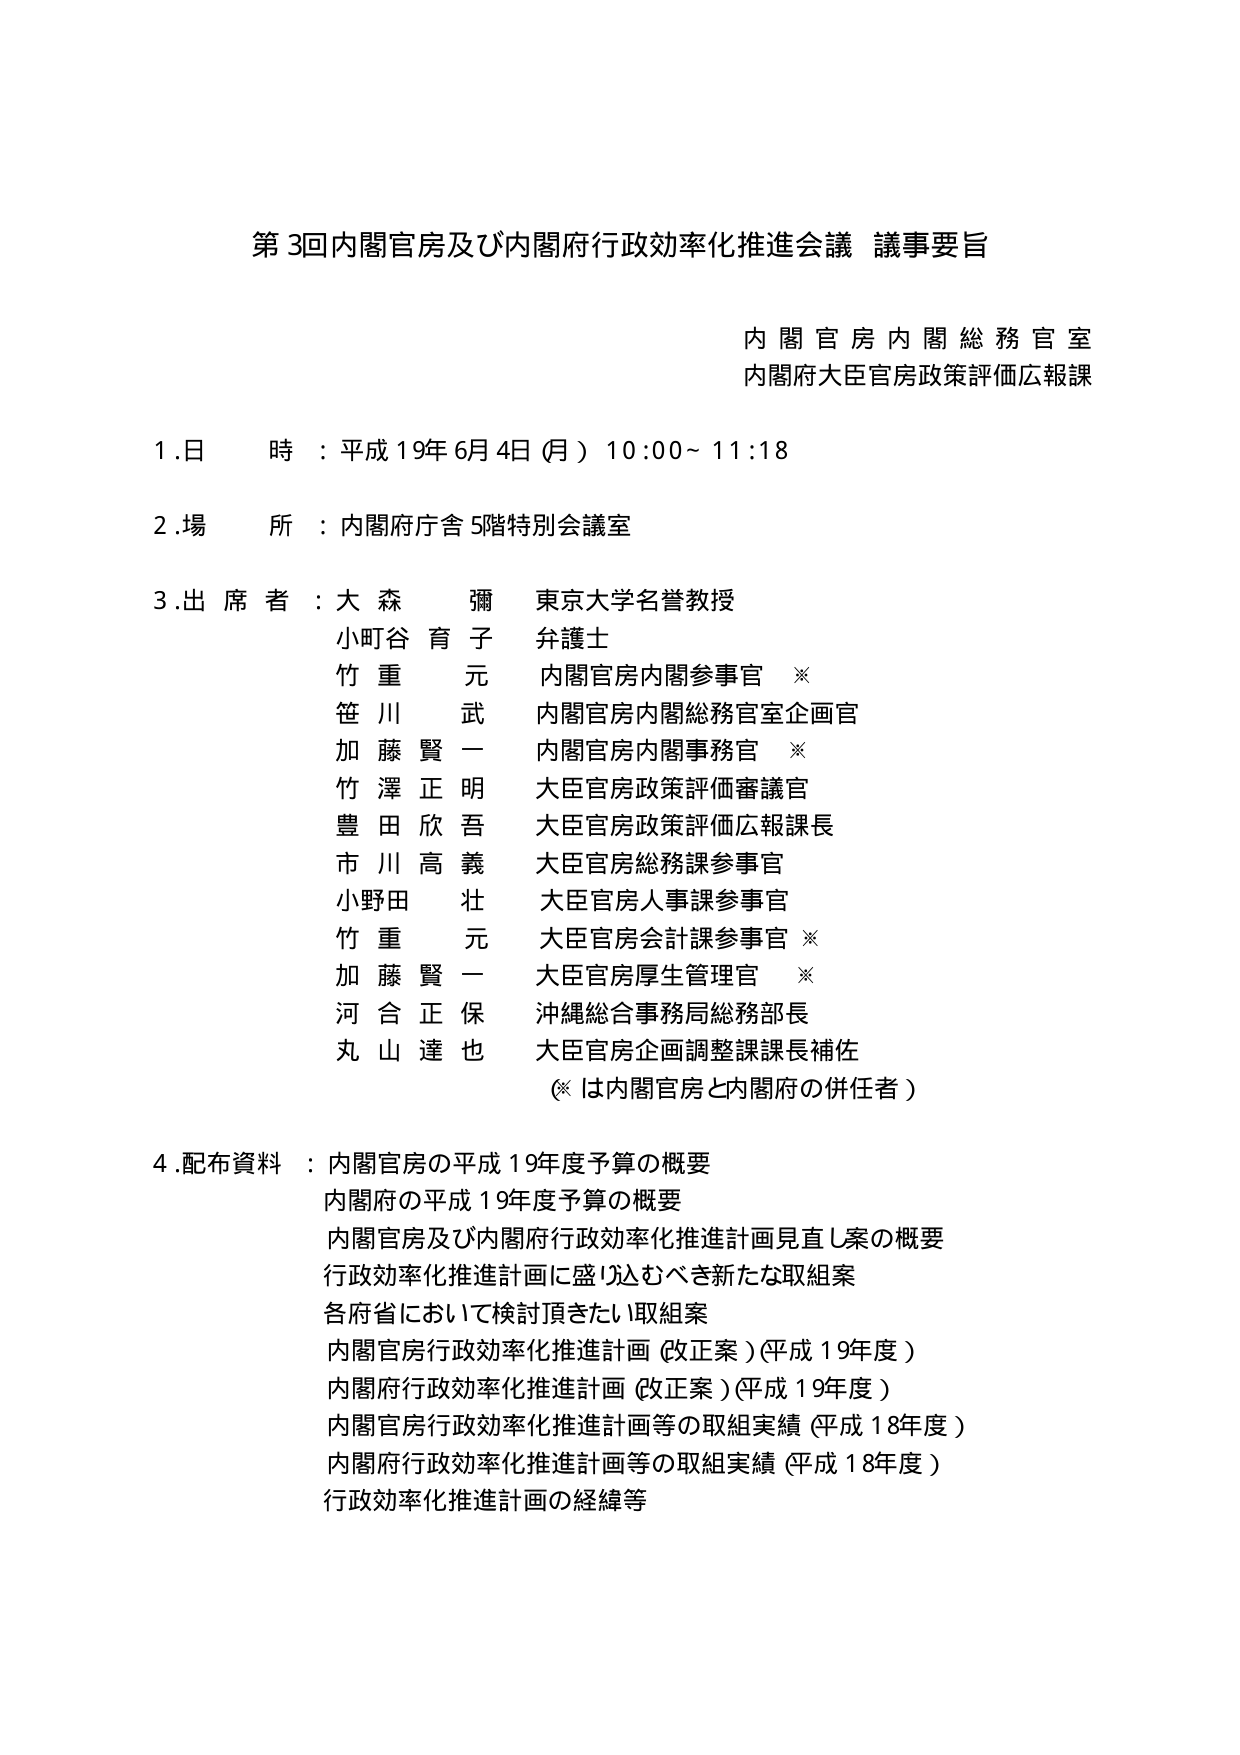
第3回内閣官房及び内閣府行政効率化推進会議 議事要旨

内閣官房内閣総務官室
内閣府大臣官房政策評価広報課

1.日 時：平成19年6月4日（月）10:00～11:18

2.場 所：内閣府庁舎5階特別会議室

3.出席者：大森 彌 東京大学名誉教授
小町谷 育子 弁護士
竹重 元 内閣官房内閣参事官 ※
笹川 武 内閣官房内閣総務官室企画官
加藤 賢一 内閣官房内閣事務官 ※
竹澤 正明 大臣官房政策評価審議官
豊田 欣吾 大臣官房政策評価広報課長
市川 高義 大臣官房総務課参事官
小野田 壮 大臣官房人事課参事官
竹重 元 大臣官房会計課参事官 ※
加藤 賢一 大臣官房厚生管理官 ※
河合 正保 沖縄総合事務局総務部長
丸山 達也 大臣官房企画調整課課長補佐
（※は内閣官房と内閣府の併任者）

4.配布資料：内閣官房の平成19年度予算の概要
内閣府の平成19年度予算の概要
内閣官房及び内閣府行政効率化推進計画見直し案の概要
行政効率化推進計画に盛り込むべき新たな取組案
各府省において検討頂きたい取組案
内閣官房行政効率化推進計画（改正案）（平成19年度）
内閣府行政効率化推進計画（改正案）（平成19年度）
内閣官房行政効率化推進計画等の取組実績（平成18年度）
内閣府行政効率化推進計画等の取組実績（平成18年度）
行政効率化推進計画の経緯等